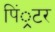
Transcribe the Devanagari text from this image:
पिं्रटर